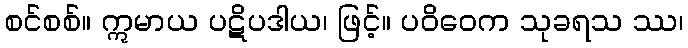
စင်စစ်။ ဣမာယ ပဋိပဒါယ၊ ဖြင့်။ ပဝိဝေက သုခရသ ဿ၊